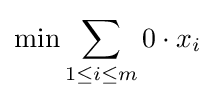
\min \sum _{1\leq i\leq m}0\cdot x_{i}